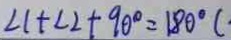
\angle 1 + \angle 2 + 9 0 ^ { \circ } = 1 8 0 ^ { \circ } (